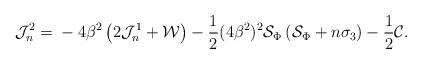
LaTeX: \begin{align*} \mathcal J_n^2={}-4\beta^2\left(2\mathcal J_n^1+ {\cal W}\right) -\frac{1}{2}(4\beta^2)^2{\cal S}_\Phi\left ({\cal S}_\Phi+n\sigma_3\right) -\frac 12{\cal C}.\end{align*}